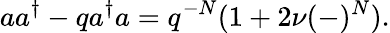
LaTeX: aa^{\dagger}-qa^{\dagger}a=q^{-N}(1+2\nu(-)^{N}).